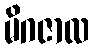
မိဂဇာလ